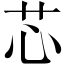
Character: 芯